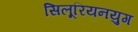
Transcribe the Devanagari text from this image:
सिलूरियनयुग